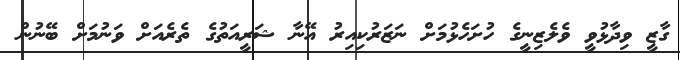
ގާޒީ ވިދާޅުވީ ވެލެޒިނީގެ ހުށަހެޅުމަށް ނަޒަރުކިއިރު އޭނާ ޝަރީއަތުގެ ތެރެއަށް ވަނުމަށް ބޭނުން